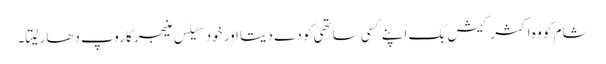
شام کو وہ اکثر کیش بک اپنے کسی ساتھی کو دے دیتا اور خود سیلس منیجر کا روپ دھار لیتا۔